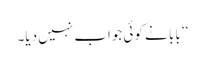
‘‘ بابا نے کوئی جواب نہیں دیا۔